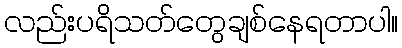
လည်းပရိသတ်တွေချစ်နေရတာပါ။